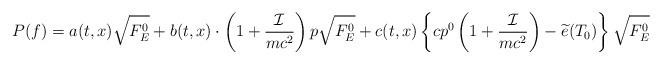
LaTeX: \begin{align*} P(f) = a(t,x)\sqrt{F_E^0}+b(t,x)\cdot\left(1+\frac{\mathcal{I}}{mc^2}\right) p\sqrt{F_E^0}+c(t,x)\left\{cp^0\left(1+\frac{\mathcal{I}}{mc^2}\right)-\widetilde{e}(T_0)\right\}\sqrt{F_E^0} \end{align*}